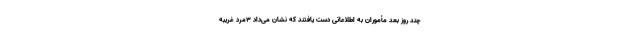
چند روز بعد مأموران به اطلاعاتی دست یافتند که نشان می‌داد 3مرد غریبه